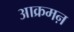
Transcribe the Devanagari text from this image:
आक्रमऩ